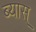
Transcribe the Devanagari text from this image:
ब्यास्